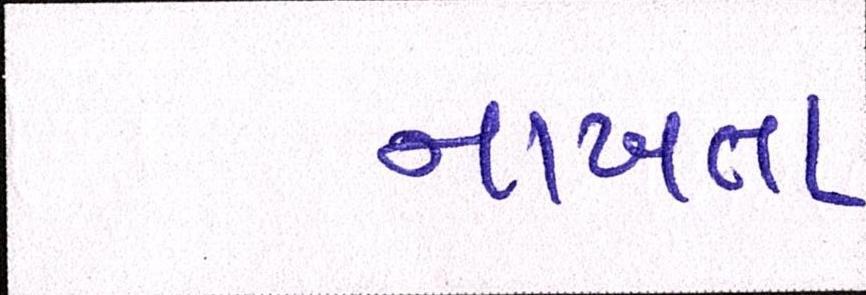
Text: નાખતા